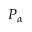
P _ { \alpha }